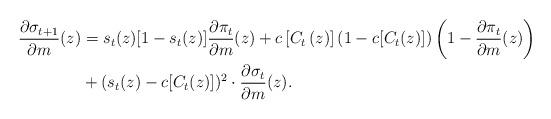
LaTeX: \begin{align*}\frac{\partial\sigma_{t+1}}{\partial m}(z)&=s_t(z)[1-s_t(z)]\frac{\partial\pi_{t}}{\partial m}(z)+c\left[C_{t}\left(z\right)\right]( 1-c[C_{t}(z)]) \left(1-\frac{\partial\pi_{t}}{\partial m}(z)\right) \\ & + (s_t(z)-c[C_{t}(z)])^{2}\cdot\frac{\partial\sigma_{t}}{\partial m}(z).\end{align*}